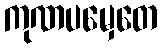
ကုဏပမှေတေ